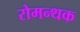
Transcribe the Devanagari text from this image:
रोमन्थक